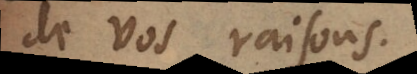
de vos raisons.